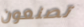
تصنعون